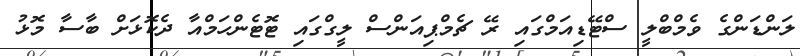
ލަންޑަންގެ ވެމްބްލީ ސްޓޭޑިއަމްގައި ރޭ ޗެމްޕިއަންސް ލީގްގައި ޓޮޓެންހަމްއާ ދެކޮޅަށް ބާސާ މޮޅު